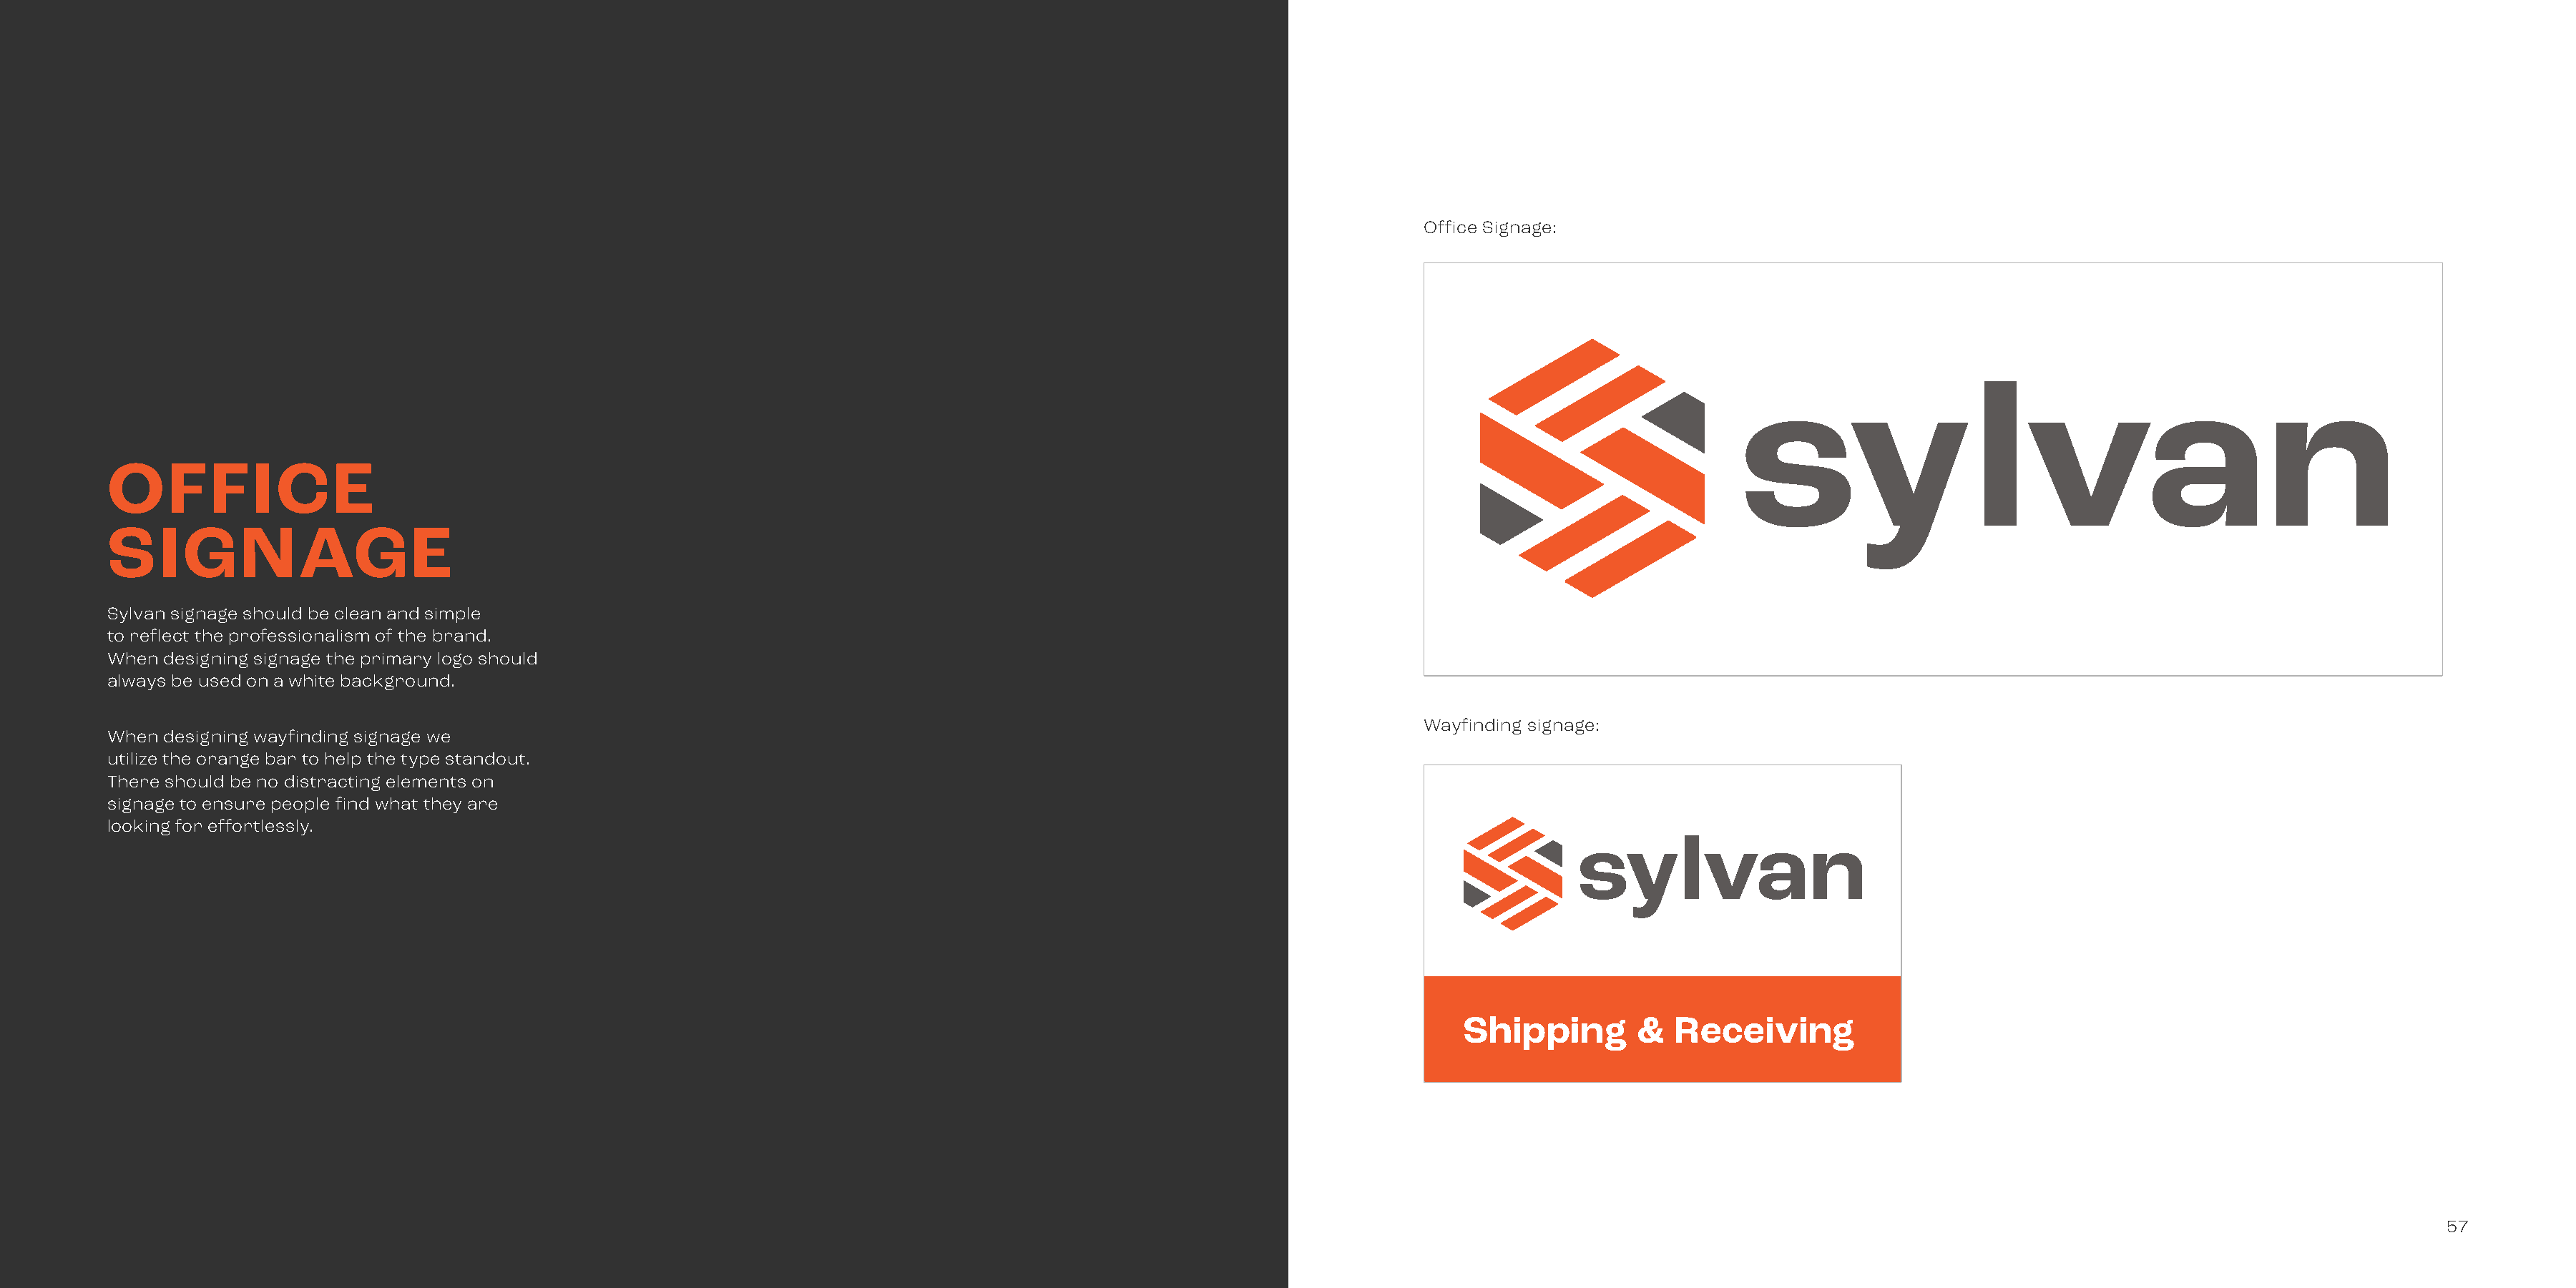
Office Signage:
 OFFICE
 SIGNAGE
 Sylvan signage should be clean and simple
 to reflect the professionalism of the brand.
 When designing signage the primary logo should
 always be used on a white background.
 Wayfinding signage:
 When designing wayfinding signage we
 utilize the orange bar to help the type standout.
 There should be no distracting elements on
 signage to ensure people find what they are
 looking for effortlessly.
 Shipping        &   Receiving
 57